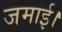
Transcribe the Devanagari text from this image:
जमाई।